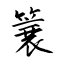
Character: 簔